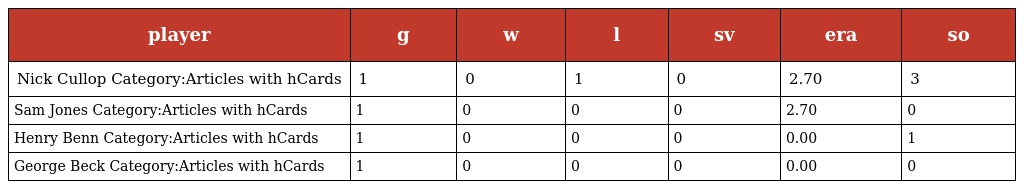
| player | g | w | l | sv | era | so |
 | --- | --- | --- | --- | --- | --- | --- |
 | Nick Cullop Category:Articles with hCards | 1 | 0 | 1 | 0 | 2.70 | 3 |
 | Sam Jones Category:Articles with hCards | 1 | 0 | 0 | 0 | 2.70 | 0 |
 | Henry Benn Category:Articles with hCards | 1 | 0 | 0 | 0 | 0.00 | 1 |
 | George Beck Category:Articles with hCards | 1 | 0 | 0 | 0 | 0.00 | 0 |